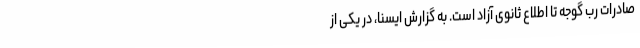
صادرات رب گوجه تا اطلاع ثانوی آزاد است. به گزارش ایسنا، در یکی از